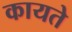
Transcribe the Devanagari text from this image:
कायते